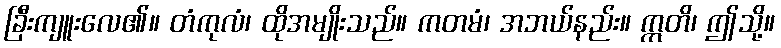
ခြီးကျူးလေ၏။ တံကုလံ၊ ထိုအမျိုးသည်။ ကတမံ၊ အဘယ်နည်း။ ဣတိ၊ ဤသို့။